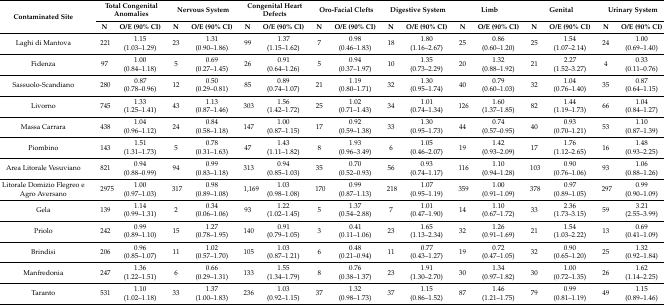
<table><thead><tr><td rowspan="2"><b>Contaminated Site</b></td><td colspan="2"><b>Total Congenital Anomalies</b></td><td colspan="2"><b>Nervous System</b></td><td colspan="2"><b>Congenital Heart Defects</b></td><td colspan="2"><b>Oro-Facial Clefts</b></td><td colspan="2"><b>Digestive System</b></td><td colspan="2"><b>Limb</b></td><td colspan="2"><b>Genital</b></td><td colspan="2"><b>Urinary System</b></td></tr><tr><td><b>N</b></td><td><b>O/E (90% CI)</b></td><td><b>N</b></td><td><b>O/E (90% CI)</b></td><td><b>N</b></td><td><b>O/E (90% CI)</b></td><td><b>N</b></td><td><b>O/E (90% CI)</b></td><td><b>N</b></td><td><b>O/E (90% CI)</b></td><td><b>N</b></td><td><b>O/E (90% CI)</b></td><td><b>N</b></td><td><b>O/E (90% CI)</b></td><td><b>N</b></td><td><b>O/E (90% CI)</b></td></tr></thead><tbody><tr><td>Laghi di Mantova</td><td>221</td><td>1.15 (1.03–1.29)</td><td>23</td><td>1.31 (0.90–1.86)</td><td>99</td><td>1.37 (1.15–1.62)</td><td>7</td><td>0.98 (0.46–1.83)</td><td>18</td><td>1.80 (1.16–2.67)</td><td>25</td><td>0.86 (0.60–1.20)</td><td>25</td><td>1.54 (1.07–2.14)</td><td>24</td><td>1.00 (0.69–1.40)</td></tr><tr><td>Fidenza</td><td>97</td><td>1.00 (0.84–1.18)</td><td>5</td><td>0.69 (0.27–1.45)</td><td>26</td><td>0.91 (0.64–1.26)</td><td>5</td><td>0.94 (0.37–1.97)</td><td>10</td><td>1.35 (0.73–2.29)</td><td>20</td><td>1.32 (0.88–1.92)</td><td>21</td><td>2.27 (1.52–3.27)</td><td>4</td><td>0.33 (0.11–0.76)</td></tr><tr><td>Sassuolo-Scandiano</td><td>280</td><td>0.87 (0.78–0.96)</td><td>12</td><td>0.50 (0.29–0.81)</td><td>85</td><td>0.89 (0.74–1.07)</td><td>21</td><td>1.19 (0.80–1.71)</td><td>32</td><td>1.30 (0.95–1.74)</td><td>40</td><td>0.79 (0.60–1.03)</td><td>32</td><td>1.04 (0.76–1.40)</td><td>35</td><td>0.87 (0.64–1.15)</td></tr><tr><td>Livorno</td><td>745</td><td>1.33 (1.25–1.41)</td><td>43</td><td>1.13 (0.87–1.46)</td><td>303</td><td>1.56 (1.42–1.72)</td><td>25</td><td>1.02 (0.71–1.43)</td><td>34</td><td>1.01 (0.74–1.34)</td><td>126</td><td>1.60 (1.37–1.85)</td><td>82</td><td>1.44 (1.19–1.73)</td><td>66</td><td>1.04 (0.84–1.27)</td></tr><tr><td>Massa Carrara</td><td>438</td><td>1.04 (0.96–1.12)</td><td>24</td><td>0.84 (0.58–1.18)</td><td>147</td><td>1.00 (0.87–1.15)</td><td>17</td><td>0.92 (0.59–1.38)</td><td>33</td><td>1.30 (0.95–1.73)</td><td>44</td><td>0.74 (0.57–0.95)</td><td>40</td><td>0.93 (0.70–1.21)</td><td>53</td><td>1.10 (0.87–1.39)</td></tr><tr><td>Piombino</td><td>143</td><td>1.51 (1.31–1.73)</td><td>5</td><td>0.78 (0.31–1.63)</td><td>47</td><td>1.43 (1.11–1.82)</td><td>8</td><td>1.93 (0.96–3.49)</td><td>6</td><td>1.05 (0.46–2.07)</td><td>19</td><td>1.42 (0.93–2.09)</td><td>17</td><td>1.76 (1.12–2.65)</td><td>16</td><td>1.48 (0.93–2.25)</td></tr><tr><td>Area Litorale Vesuviano</td><td>821</td><td>0.94 (0.88–0.99)</td><td>94</td><td>0.99 (0.83–1.18)</td><td>313</td><td>0.94 (0.85–1.03)</td><td>35</td><td>0.70 (0.52–0.93)</td><td>56</td><td>0.93 (0.74–1.17)</td><td>116</td><td>1.10 (0.94–1.28)</td><td>103</td><td>0.90 (0.76–1.06)</td><td>93</td><td>1.06 (0.88–1.26)</td></tr><tr><td>Litorale Domizio Flegreo e Agro Aversano</td><td>2975</td><td>1.00 (0.97–1.03)</td><td>317</td><td>0.98 (0.89–1.08)</td><td>1,169</td><td>1.03 (0.98–1.08)</td><td>170</td><td>0.99 (0.87–1.13)</td><td>218</td><td>1.07 (0.95–1.19)</td><td>359</td><td>1.00 (0.91–1.09)</td><td>378</td><td>0.97 (0.89–1.05)</td><td>297</td><td>0.99 (0.90–1.09)</td></tr><tr><td>Gela</td><td>139</td><td>1.14 (0.99–1.31)</td><td>2</td><td>0.34 (0.06–1.06)</td><td>93</td><td>1.22 (1.02–1.45)</td><td>5</td><td>1.37 (0.54–2.88)</td><td>7</td><td>1.01 (0.47–1.90)</td><td>14</td><td>1.10 (0.67–1.72)</td><td>33</td><td>2.36 (1.73–3.15)</td><td>59</td><td>3.21 (2.55–3.99)</td></tr><tr><td>Priolo</td><td>242</td><td>0.99 (0.89–1.10)</td><td>15</td><td>1.27 (0.78–1.95)</td><td>140</td><td>0.91 (0.79–1.05)</td><td>3</td><td>0.41 (0.11–1.06)</td><td>23</td><td>1.65 (1.13–2.34)</td><td>32</td><td>1.26 (0.91–1.69)</td><td>21</td><td>1.54 (1.03–2.22)</td><td>13</td><td>0.69 (0.41–1.09)</td></tr><tr><td>Brindisi</td><td>206</td><td>0.96 (0.85–1.07)</td><td>11</td><td>1.02 (0.57–1.70)</td><td>105</td><td>1.03 (0.87–1.21)</td><td>6</td><td>0.48 (0.21–0.94)</td><td>11</td><td>0.77 (0.43–1.27)</td><td>19</td><td>0.72 (0.47–1.05)</td><td>32</td><td>0.90 (0.65–1.20)</td><td>25</td><td>1.32 (0.92–1.84)</td></tr><tr><td>Manfredonia</td><td>247</td><td>1.36 (1.22–1.51)</td><td>6</td><td>0.66 (0.29–1.31)</td><td>133</td><td>1.55 (1.34–1.79)</td><td>8</td><td>0.76 (0.38–1.37)</td><td>23</td><td>1.91 (1.30–2.70)</td><td>30</td><td>1.34 (0.97–1.82)</td><td>30</td><td>1.00 (0.72–1.35)</td><td>26</td><td>1.62 (1.14–2.25)</td></tr><tr><td>Taranto</td><td>531</td><td>1.10 (1.02–1.18)</td><td>33</td><td>1.37 (1.00–1.83)</td><td>236</td><td>1.03 (0.92–1.15)</td><td>37</td><td>1.32 (0.98–1.73)</td><td>37</td><td>1.15 (0.86–1.52)</td><td>87</td><td>1.46 (1.21–1.75)</td><td>79</td><td>0.99 (0.81–1.19)</td><td>49</td><td>1.15 (0.89–1.46)</td></tr></tbody></table>